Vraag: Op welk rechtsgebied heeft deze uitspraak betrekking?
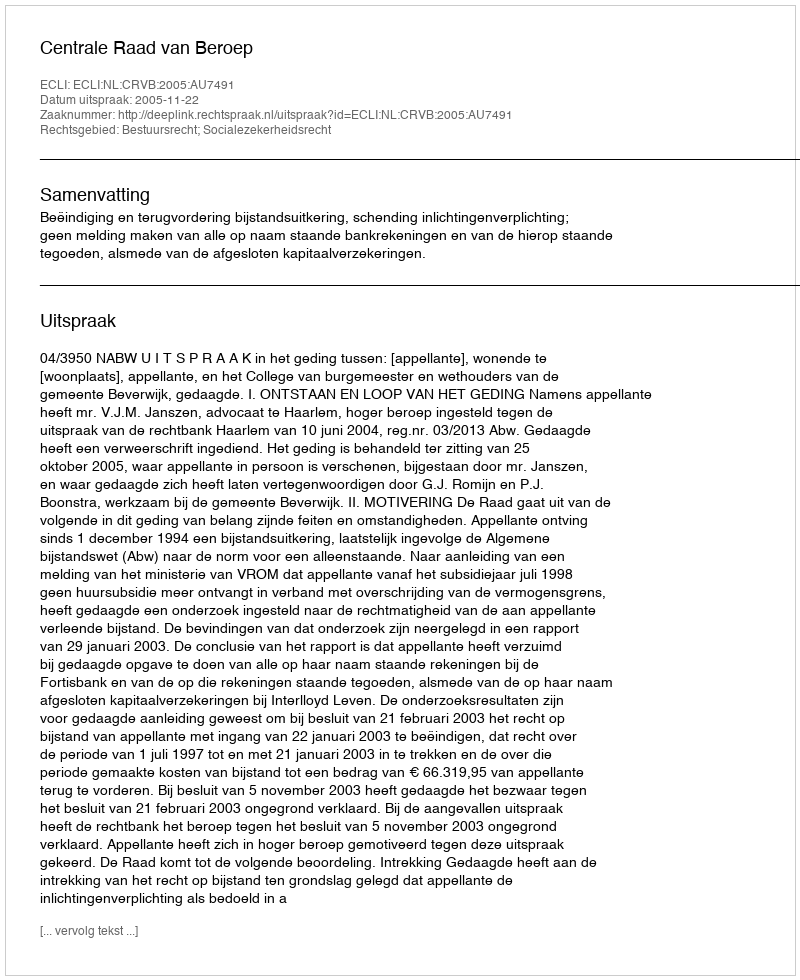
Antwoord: Bestuursrecht; Socialezekerheidsrecht